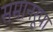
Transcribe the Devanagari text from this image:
समानरूपा